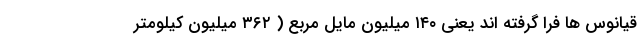
قیانوس ها فرا گرفته اند یعنی ۱۴۰ میلیون مایل مربع ( ۳۶۲ میلیون کیلومتر